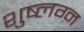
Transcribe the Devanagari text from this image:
शुष्लग्न